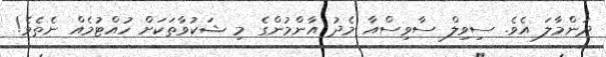
ދަންމާލަ އެވެ. ސިވިލް ސާވިސްއާ މެދު އާންމުންގެ މި ޝަކުވާތަކަށް ހުއްޓުމެއް ނެތެވެ!